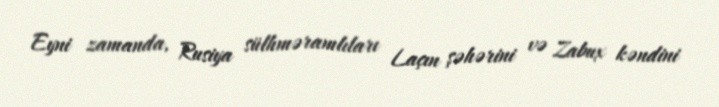
Eyni zamanda, Rusiya sülhməramlıları Laçın şəhərini və Zabux kəndini